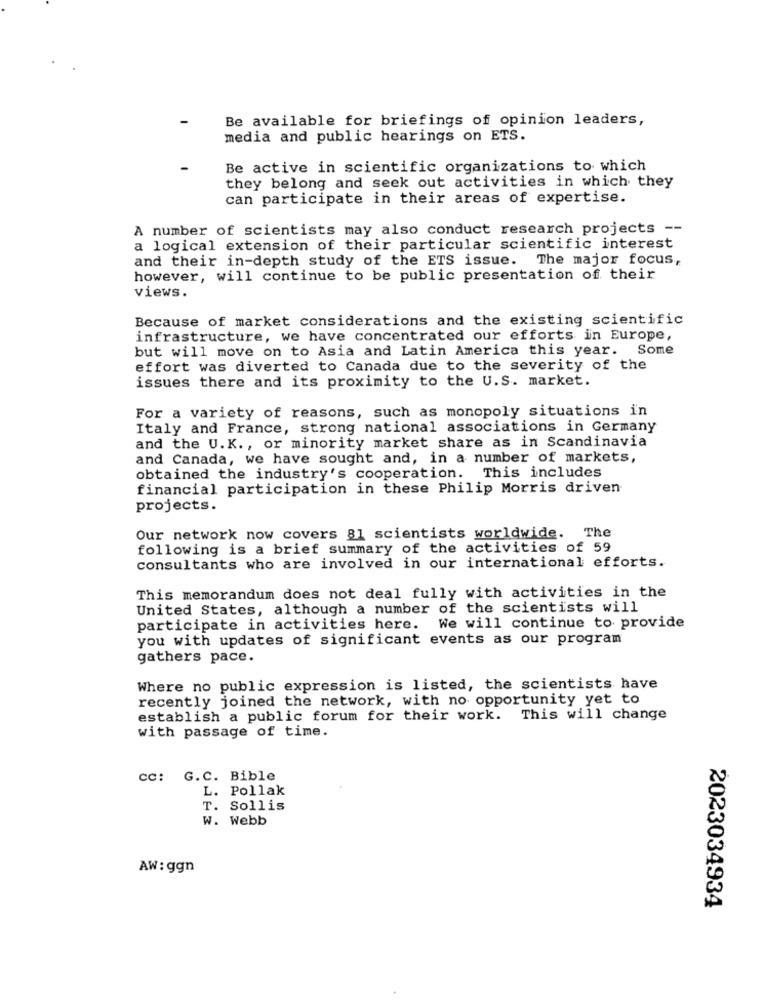
Be available for briefings of opinion leaders,
media and public hearings on ETS.
Be active in scientific organizations to which
they belong and seek out activities in which they
can participate in their areas of expertise.
A number of scientists may also conduct research projects --
a logical extension of their particular scientific interest
and their in-depth study of the ETS issue. The major focus,
however, will continue to be public presentation of their
views.
Because of market considerations and the existing scientific
infrastructure, we have concentrated our efforts in Europe,
but will move on to Asia and Latin America this year. Some
effort was diverted to Canada due to the severity of the
issues there and its proximity to the U.S. market.
For a variety of reasons, such as monopoly situations in
Italy and France, strong national associations in Germany
and the U.K ., or minority market share as in Scandinavia
and Canada, we have sought and, in a number of markets,
obtained the industry's cooperation. This includes
financial participation in these Philip Morris driven
projects.
Our network now covers 81 scientists worldwide. The
following is a brief summary of the activities of 59
consultants who are involved in our international efforts.
This memorandum does not deal fully with activities in the
United States, although a number of the scientists will
participate in activities here. We will continue to provide
you with updates of significant events as our program
gathers pace.
Where no public expression is listed, the scientists have
recently joined the network, with no opportunity yet to
establish a public forum for their work. This will change
with passage of time.
cc: G.C. Bible
L. Pollak
T. Sollis
W. Webb
AW: ggn
2023034934